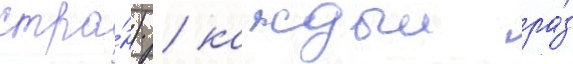
стра́н) / каждыи ра́з